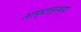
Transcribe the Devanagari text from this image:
आफ्टरनूनच्या